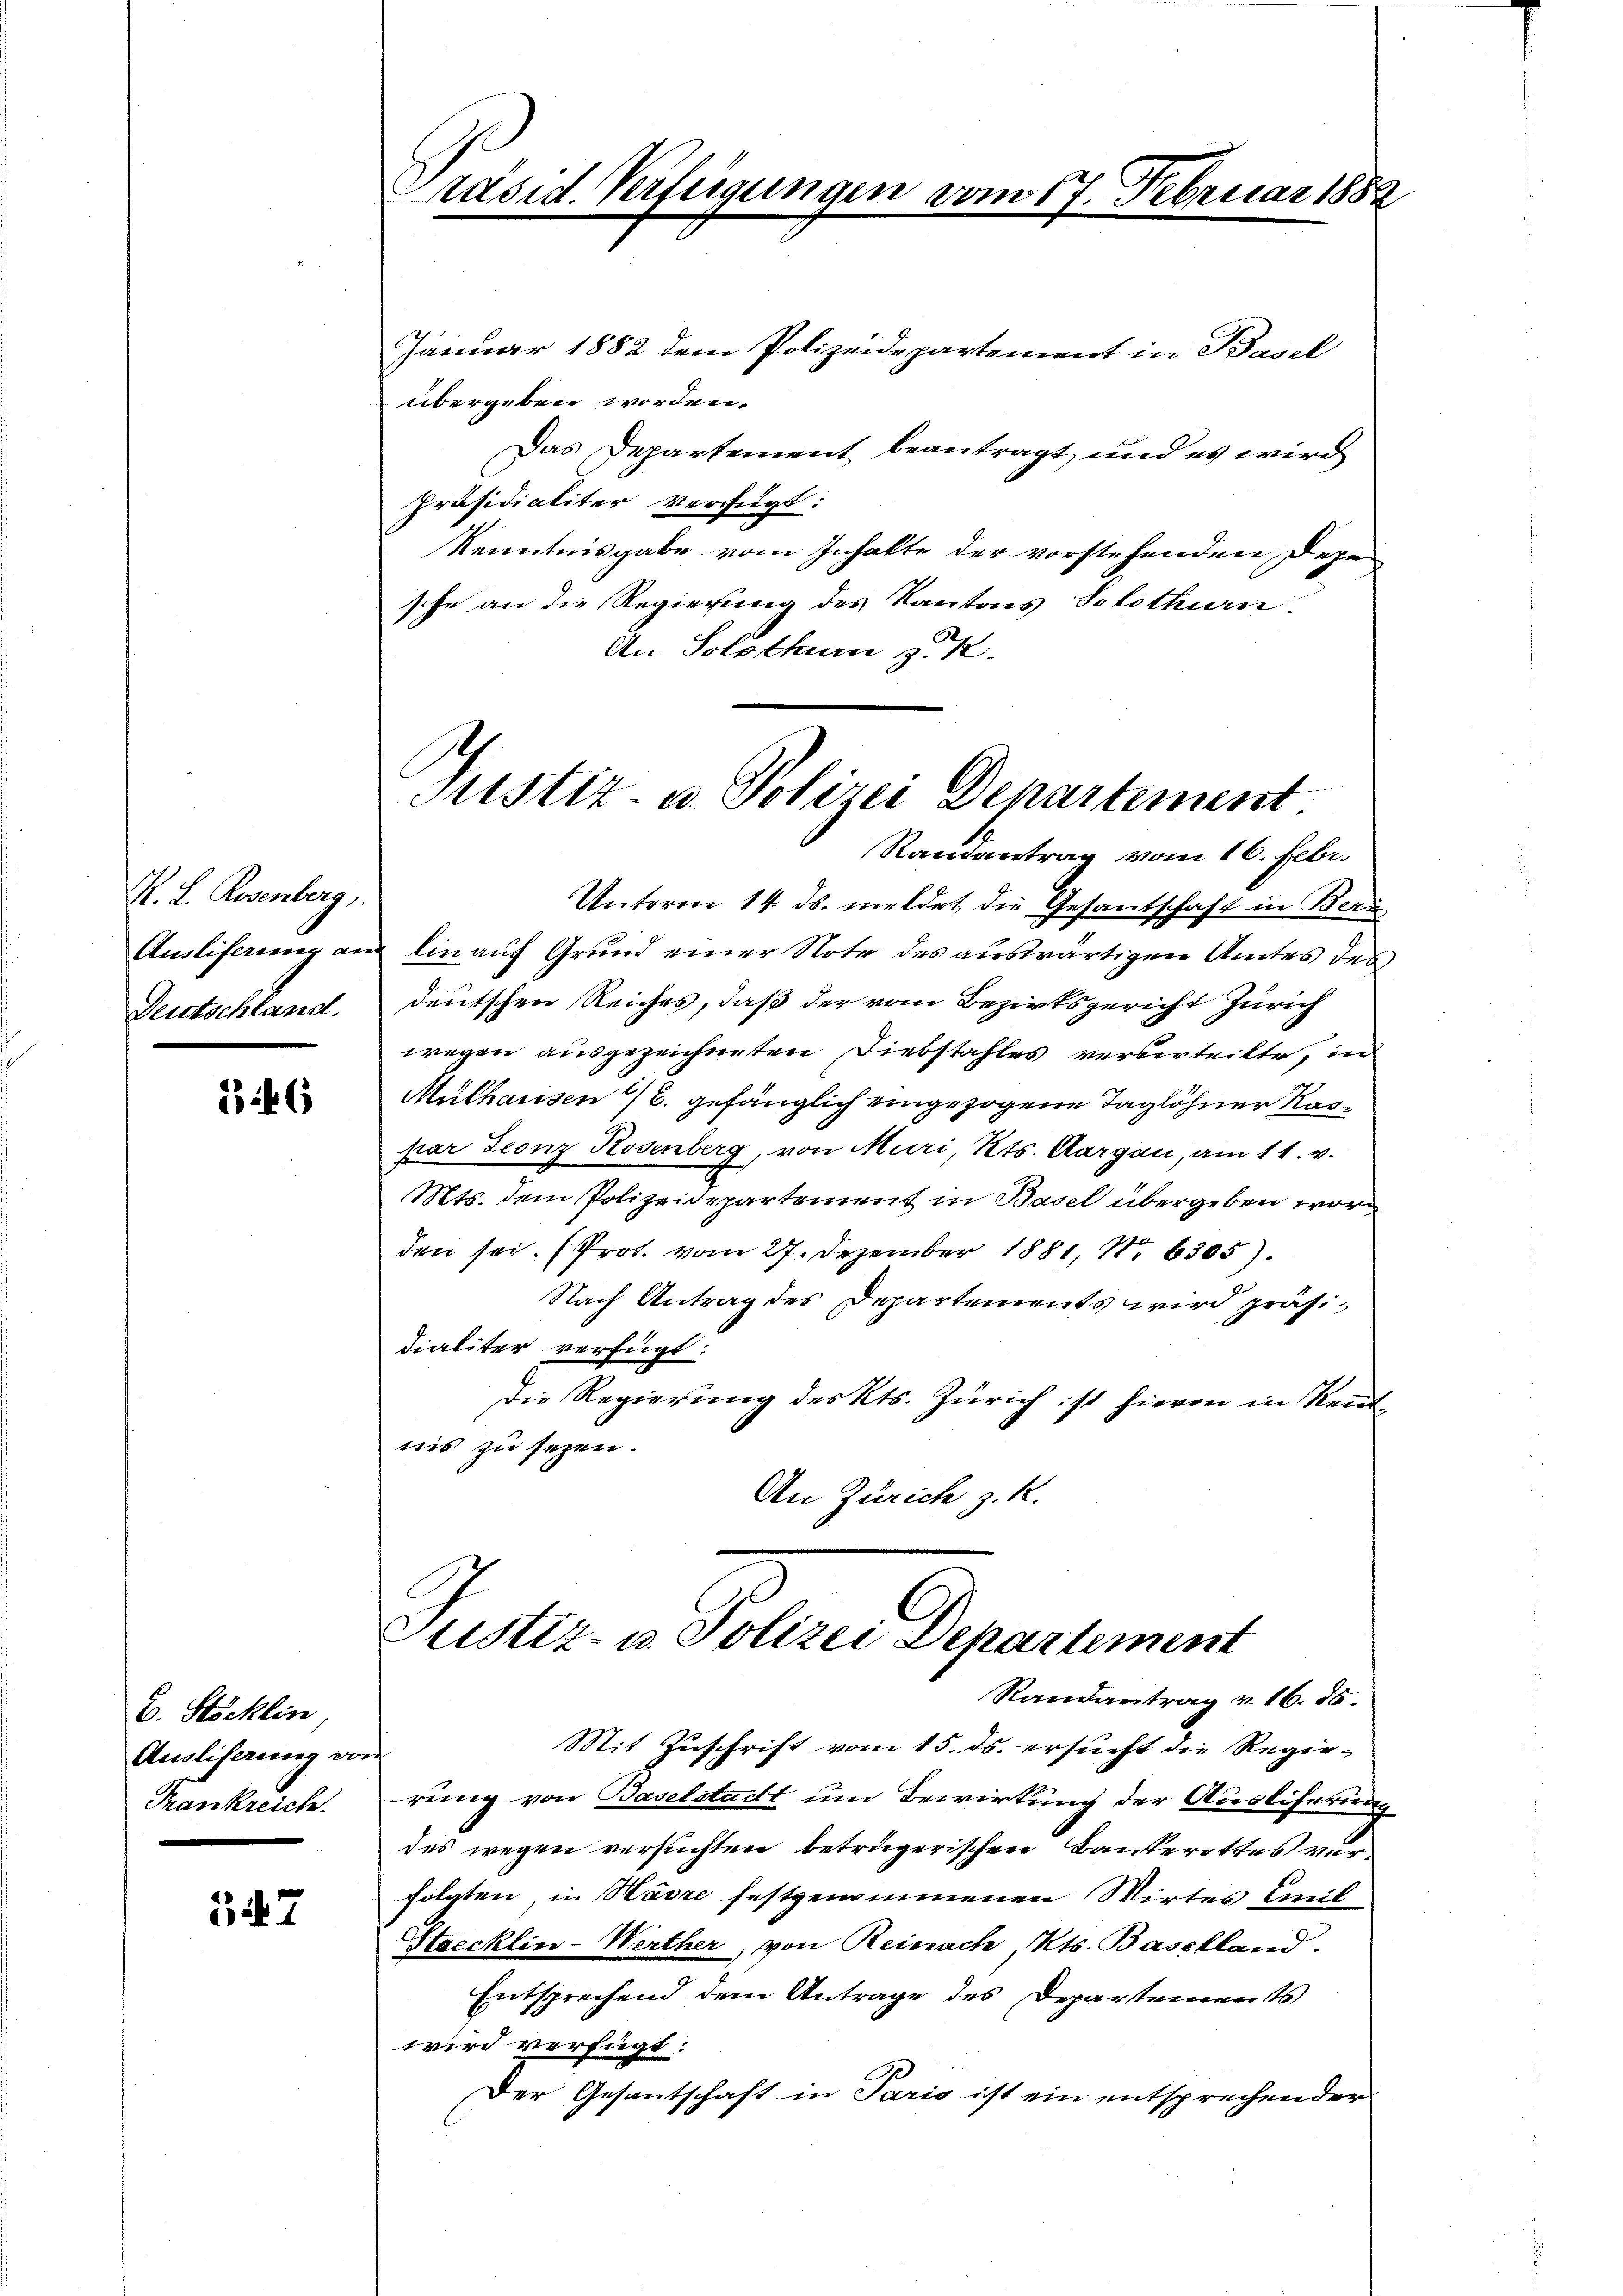
K. L. Rosenberg,
Deutschland.

23 246

C. Stöcklin,
Ausliserung von
Trankreich.

547

Januar 1882 dem Polizeidepartement in Basel
übergeben worden.
Das Departement beantragt und es wird
Präsidialiter verfügt:
Kenntnisgabe vom Inhalte der vorstehenden Dege-
sche an die Regierung des Kantons Solothurn.
An Solothurn z. K.

Präsid. Verfügungen

2720.

s

sar 180

Justiz- u. Polizei Departement.

Justiz- u. Polizei Departement
Randantrag v. 16. 85.

Randantrag vom 16. Febr.
Unterm 14. ds. meldet die Gesantschaft in Beri
Ausliferung ans lin auf Grund einer Note des auswärtigen Amtes des
deutschen Reiches, daß der vom Bezirksgericht Zürich
wegen ausgezeichneten Diebstahles verberteilte, in
Mülhausen 16. gefänglich eingezogene Taglöhner Kaspar Leonz Rosenberg, von Muri, Kts. Aargau, am 11. v.
Mts. dem Polizeidepartement in Basel übergeben wor
den sei. (Prot. vom 27. Dezember 1881, N. 6305).
Nach Antrag des Departements wird präsidialiter verfügt:
Die Regierung des Kts. Zürich ist hievon in Reutnis zu sezen.
An Zürich z. K.

Mit Zuschrift vom 15. ds. ersucht die Regie-
rung von Baselstadt um Bewirkung der Ausliferung
des wegen versuchten beträgerischen Bankerottes verfolgten, in Havre festgenommenen Wirtes Emil
Strecklin-Werther, von Reinach, Kts. Baselland.
Entsprechend dem Antrage des Departements
wird verfügt:
Der Gesantschaft in Paris ist ein entsprechender